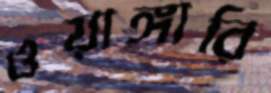
ওয়াঙ্গারি